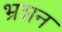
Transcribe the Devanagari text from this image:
भ्रशन